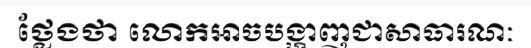
ថ្លែងថា លោកអាចបង្ហាញជាសាធារណៈ